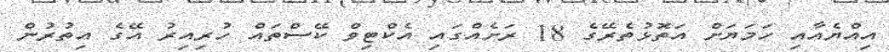
އިއްޔެއާއި ހަމަޔަށް އަތޮޅުތެރޭގެ 18 ރަށެއްގައި އެކްޓިވް ކޭސްތައް ހުރިއިރު އޭގެ އިތުރުން